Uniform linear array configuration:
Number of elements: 4
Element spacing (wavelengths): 0.25
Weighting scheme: exponential
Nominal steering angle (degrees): -15
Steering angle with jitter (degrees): -16.722
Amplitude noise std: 0.05
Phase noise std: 0.05

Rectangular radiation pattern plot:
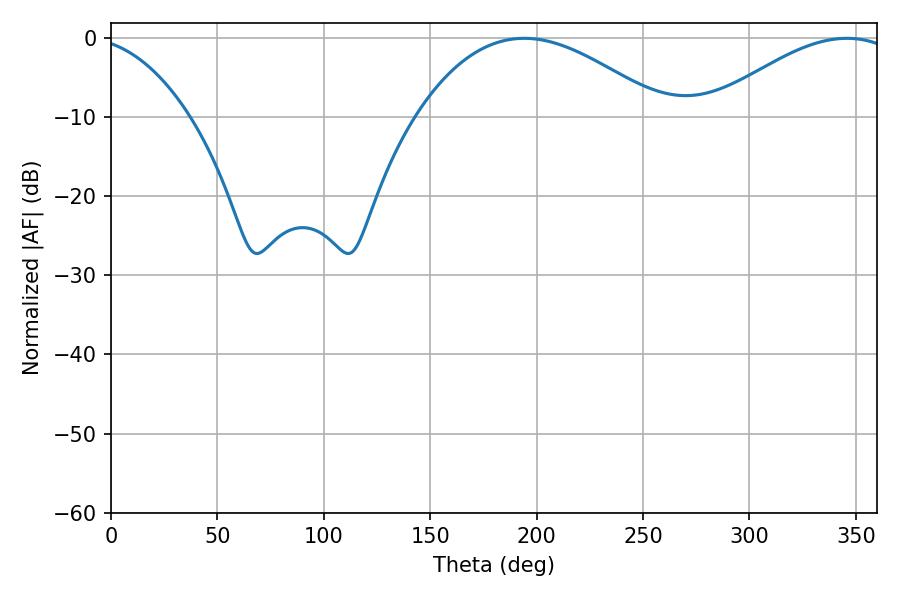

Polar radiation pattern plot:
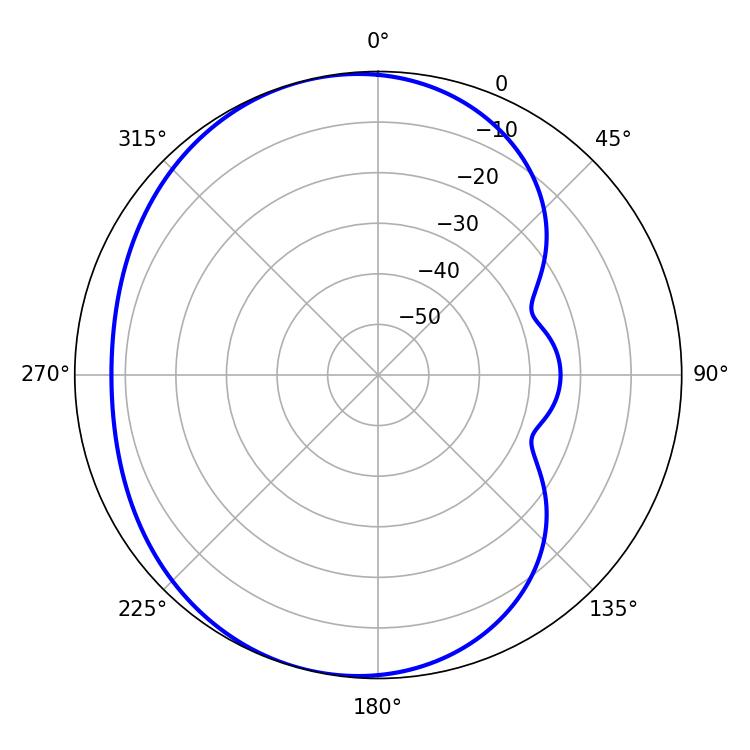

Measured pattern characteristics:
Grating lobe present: FALSE
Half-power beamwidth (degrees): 64.08
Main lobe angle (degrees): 194.22